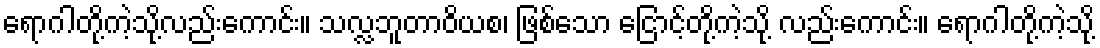
ရောဂါတို့ကဲ့သို့လည်းကောင်း။ သလ္လဘူတာဝိယစ၊ ဖြစ်သော ငြောင့်တို့ကဲ့သို့ လည်းကောင်း။ ရောဂါတို့ကဲ့သို့